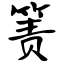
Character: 箦